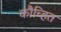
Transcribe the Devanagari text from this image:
कौच्हित